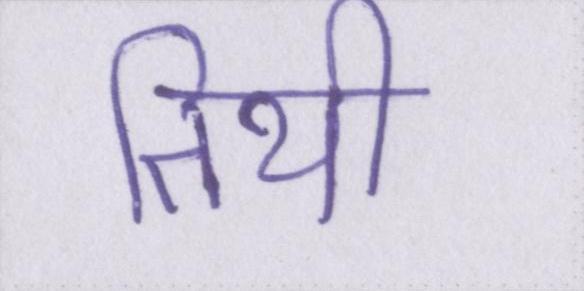
तिथी